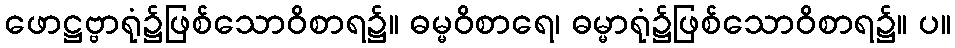
ဖောဋ္ဌဗ္ဗာရုံ၌ဖြစ်သောဝိစာရ၌။ ဓမ္မဝိစာရေ၊ ဓမ္မာရုံ၌ဖြစ်သောဝိစာရ၌။ ပ။